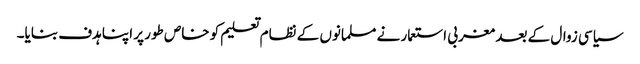
سیاسی زوال کے بعد مغربی استعمار نے مسلمانوں کے نظام تعلیم کو خاص طور پر اپنا ہدف بنایا۔